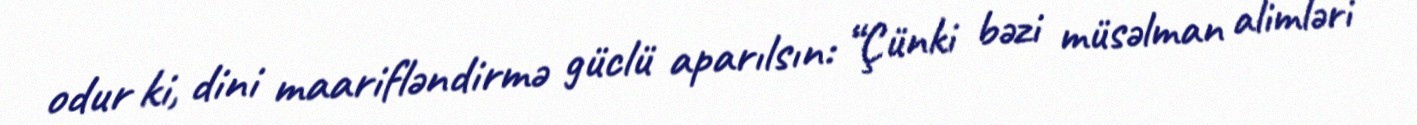
odur ki, dini maarifləndirmə güclü aparılsın: “Çünki bəzi müsəlman alimləri